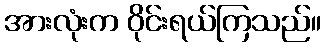
အားလုံးက ဝိုင်းရယ်ကြသည်။